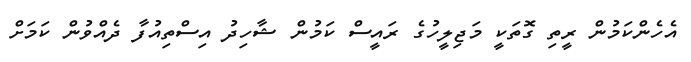
އެހެންކަމުން ރީތި ގޮތަކީ މަޖިލީހުގެ ރައީސް ކަމުން ޝާހިދު އިސްތިއުފާ ދެއްވުން ކަމަށް